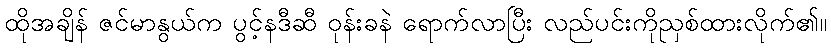
ထိုအချိန် ဇင်မာနွယ်က ပွင့်နဒီဆီ ဝုန်းခနဲ ရောက်လာပြီး လည်ပင်းကိုညှစ်ထားလိုက်၏။